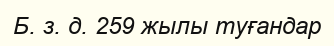
Б. з. д. 259 жылы туғандар